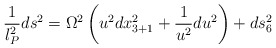
\begin{align*}\frac{1}{l_P^2}ds^2 =\Omega^2 \left ( u^2 dx_{3+1}^2 + \frac{1}{u^2} du^2 \right ) + ds_6^2\end{align*}